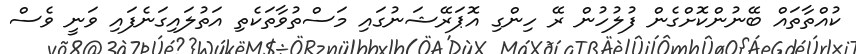
ކުއްތާތައް ބޭނުންކޮށްގެން ފުލުހުން ރޭ ހިންގި އޮޕަރޭޝަނުގައި މަސްތުވާތަކެތި އަތުލައިގަނެފައި ވަނީ ވެސް